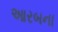
આરબના